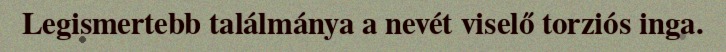
Legismertebb találmánya a nevét viselő torziós inga.